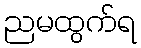
ညမထွက်ရ